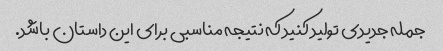
جمله جدیدی تولید کنید که نتیجه مناسبی برای این داستان باشد.